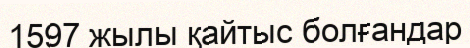
1597 жылы қайтыс болғандар